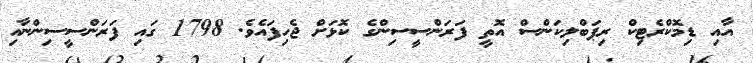
އާއި ޑިމޮކްރެޓިކް ރިޕަބްލިކަންސް އޮތީ ފަރަންސީސިންގެ ކޮޅަށް ޖެހިފައެވެ. 1798 ގައި ފަރަންސީސިންނާއި